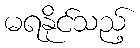
မရနိုင်သည့်